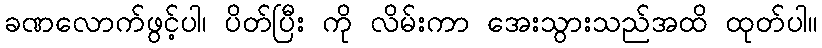
ခဏလောက်ဖွင့်ပါ၊ ပိတ်ပြီး ကို လိမ်းကာ အေးသွားသည်အထိ ထုတ်ပါ။